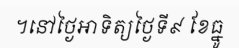
។នៅថ្ងៃអាទិត្យថ្ងៃទី៩ ខែធ្នូ